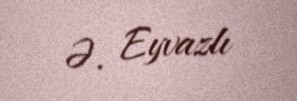
Ə. Eyvazlı